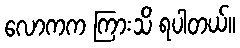
လောကက ကြားသိ ရပါတယ်။